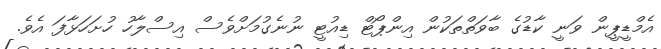
އެމްޑީޕީން ވަނީ ކާޑުގެ ބާވަތްތަކުން އިންޕޯޓް ޑިއުޓީ ނުނެގުމަށްވެސް އިސްލާހު ހުށަހަޅާފަ އެވެ.